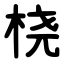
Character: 桡